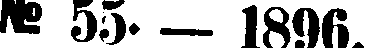
№ 55. — 1890.